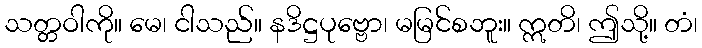
သတ္တဝါကို။ မေ၊ ငါသည်။ နဒိဋ္ဌပုဗ္ဗော၊ မမြင်စဘူး။ ဣတိ၊ ဤသို့။ တံ၊